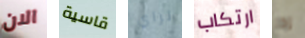
الان قاسية تراي ارتكاب إذا